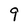
Character: 9